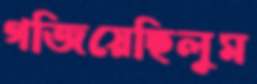
গজিয়েছিলুম